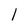
Character: l